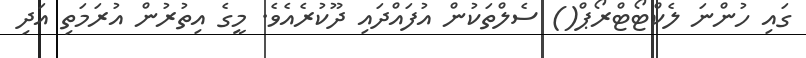
ގައި ހުންނަ ލެކްޓޯޓްރޯޕް() ސެލްތަކުން އުފައްދައި ދޫކުރެއެވެ. މީގެ އިތުރުން އުރަމަތި އަދި